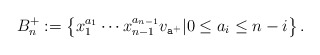
\begin{align*}B_n^+:=\left\{x_1^{a_1}\cdots x_{n-1}^{a_{n-1}}v_{\mathtt{a}^+}| 0 \leq a_i \leq n-i\right\}.\end{align*}